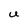
Character: U